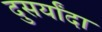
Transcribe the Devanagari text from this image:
दुसर्यांदा